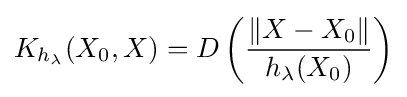
K_{h_{\lambda }}(X_{0},X)=D\left({\frac {\left\|X-X_{0}\right\|}{h_{\lambda }(X_{0})}}\right)